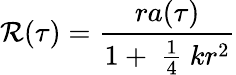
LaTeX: \mathcal{R}(\tau)=\frac{{ra(\tau)}}{{1+\mathrm{{~\frac{{1}}{{4}}~}}kr^{2}}}